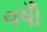
વષોઁ